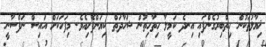
ޚިޔާލުތަކުން ހިތްބިރުގެންފައި އިނދެ ކަމީލާ ހިތާހިތުން ޝަހާދަތް ކިޔަންފެށިއެވެ. މިފަހަކަށް އައިސް ނަފްސާނީ